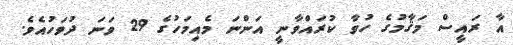
އާ ރައީސް މަޤާމުގެ ހުވާ ކުރައްވާނީ އަންނަ މެއިމަހުގެ 29 ވަނަ ދުވަހުއެވެ.